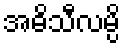
အဓိသီလမ္ပိ